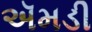
ઍમડી